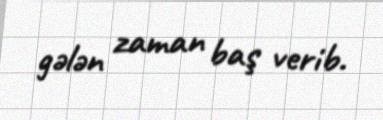
gələn zaman baş verib.